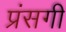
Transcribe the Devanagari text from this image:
प्रंसगी